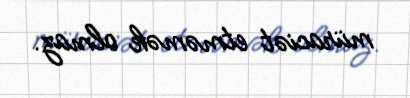
müraciət etməmək olmaz.